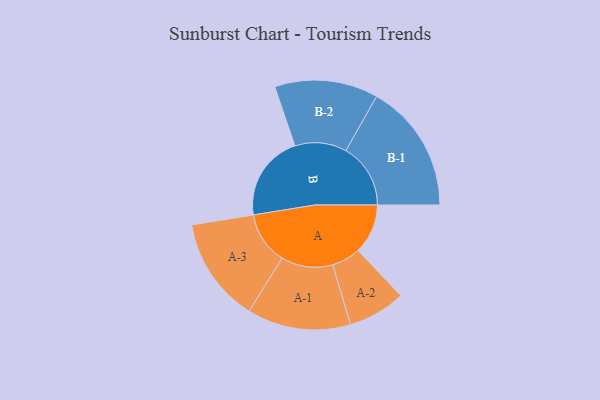
{"axis": {"x": "Segment", "y": "Value"}, "legend": ["", "A", "B"], "data": [{"x": "A", "y": 208, "type": ""}, {"x": "B", "y": 359, "type": ""}, {"x": "A-1", "y": 216, "type": "A"}, {"x": "A-2", "y": 120, "type": "A"}, {"x": "A-3", "y": 219, "type": "A"}, {"x": "B-1", "y": 270, "type": "B"}, {"x": "B-2", "y": 216, "type": "B"}]}